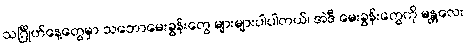
သင်္ဂြိုဟ်နေ့တွေမှာ သဘောမေးခွန်းတွေ များများပါပါတယ်၊ အဲဒီ မေးခွန်းတွေကို မန္တလေး